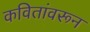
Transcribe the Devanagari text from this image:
कवितांवरून